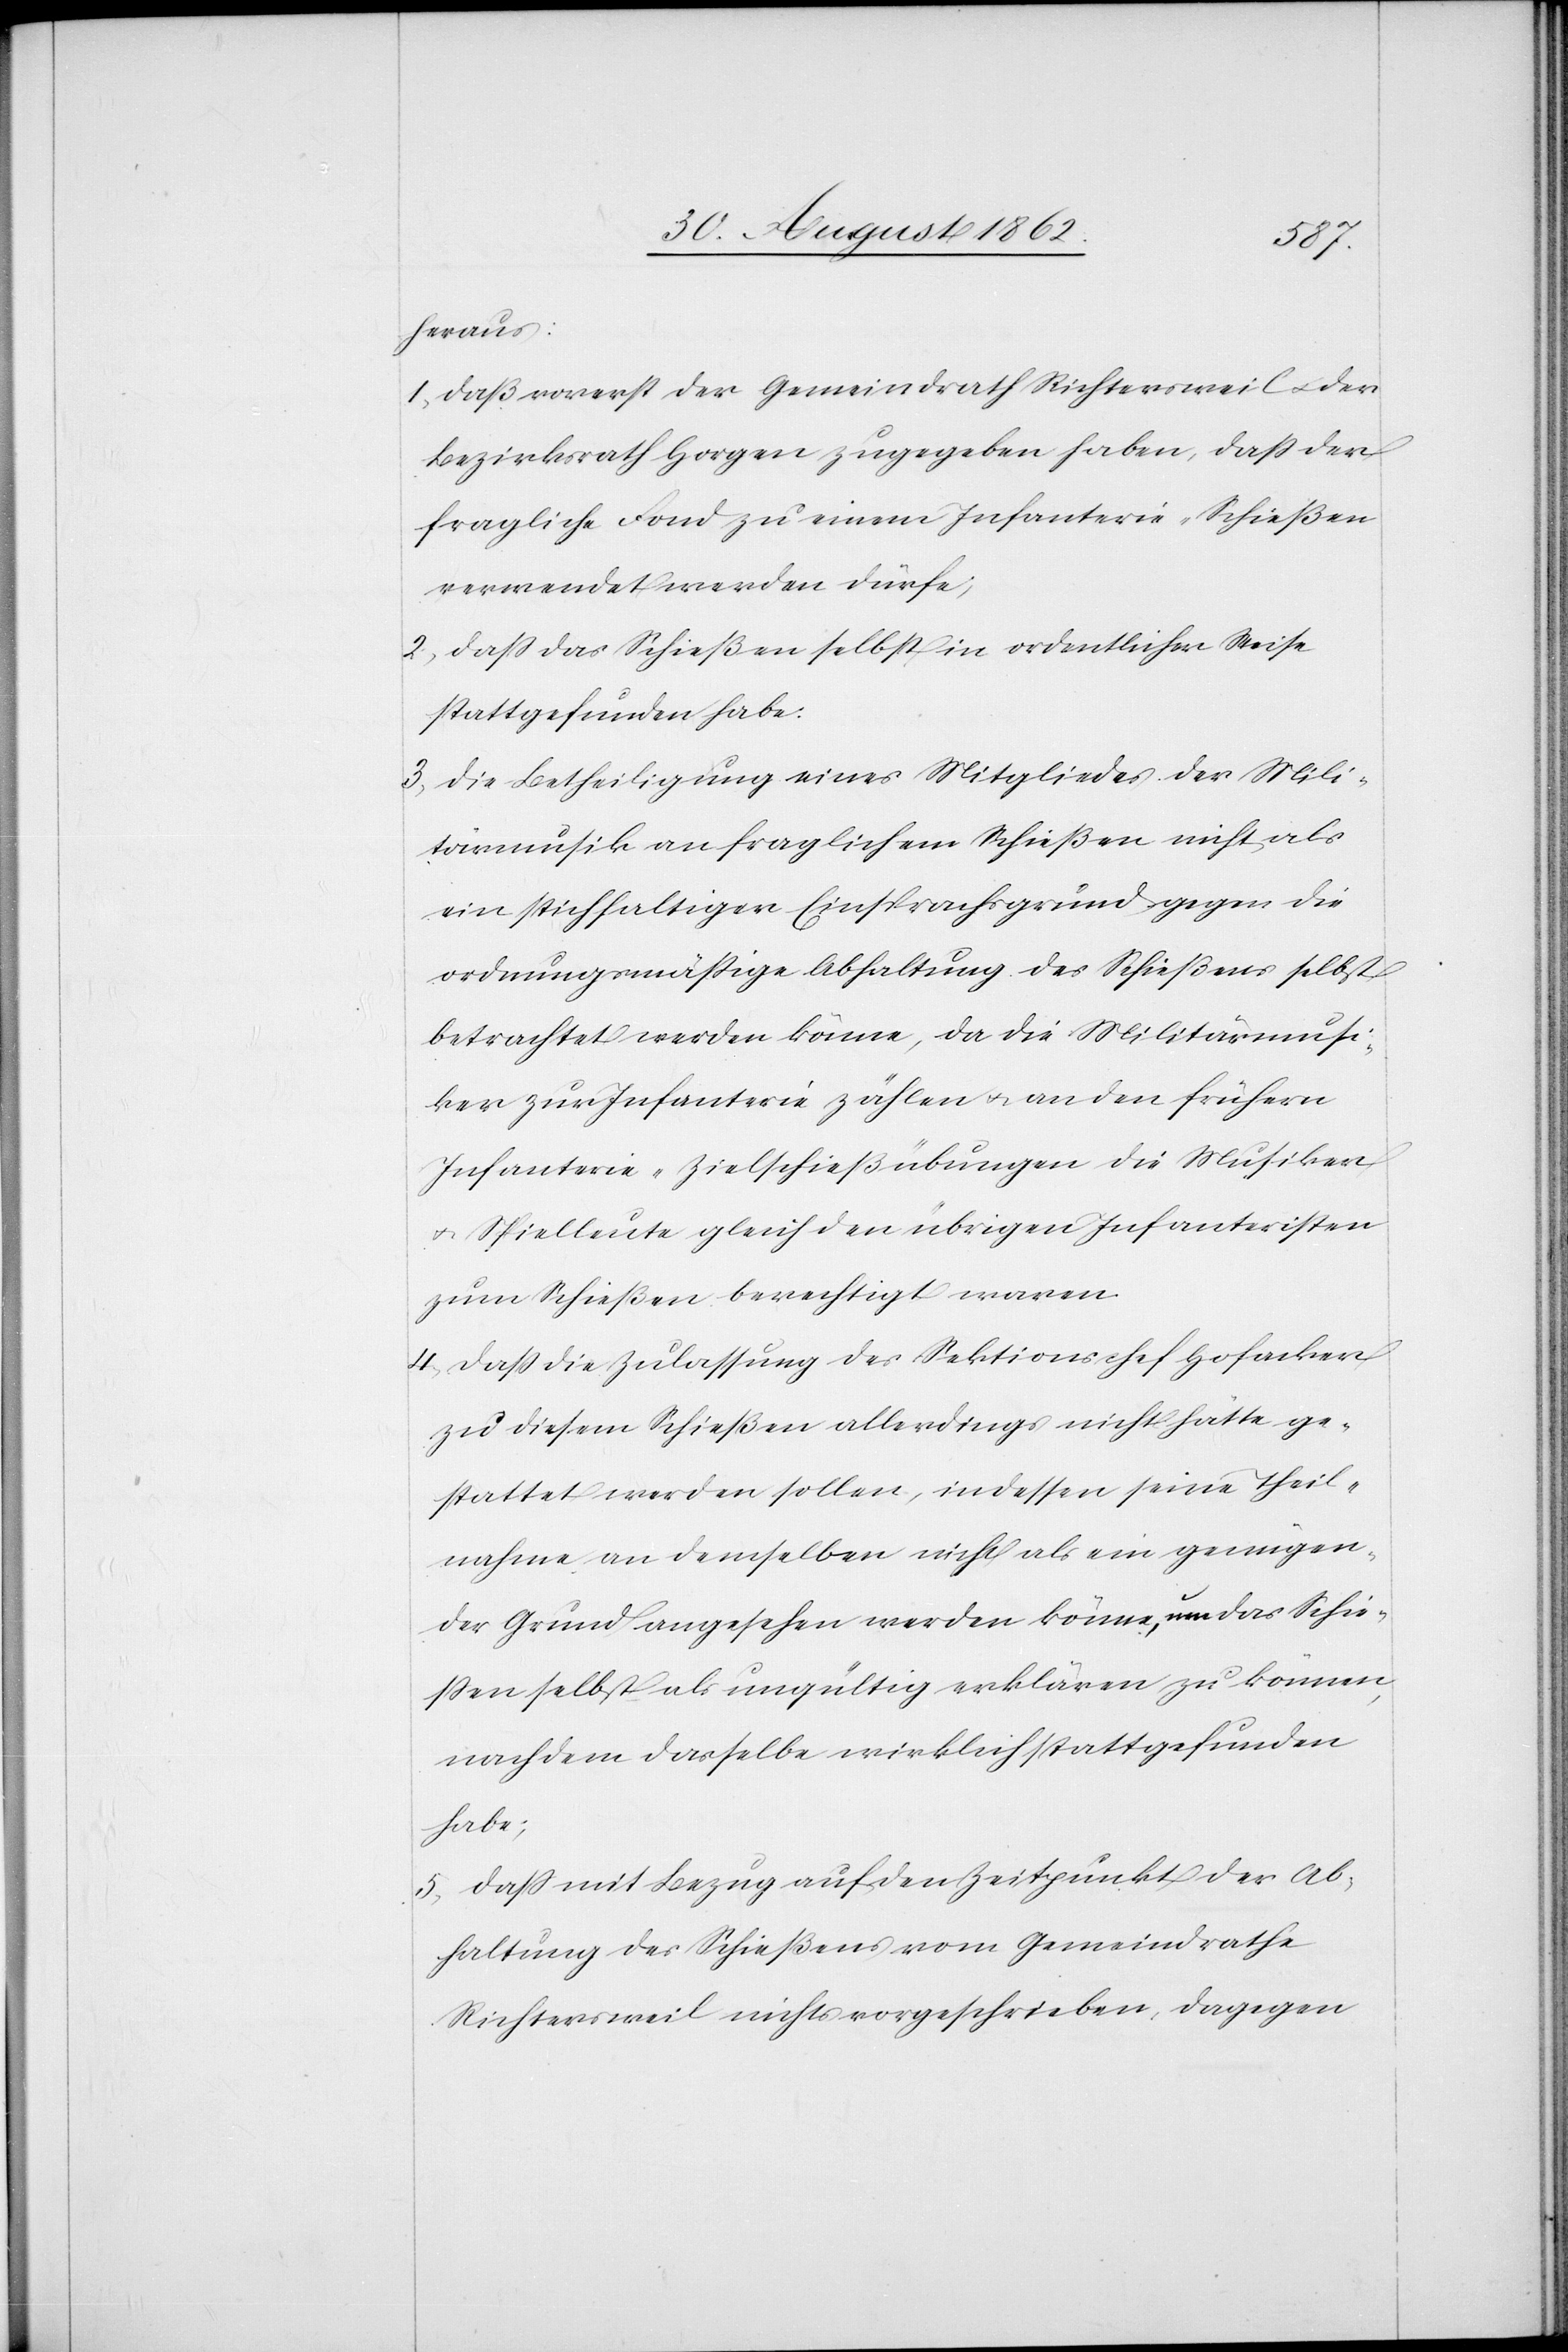
heraus;
1. daß vorerst der Gemeindrath Richtersweil u. der
Bezirksrath Horgen zugegeben haben, daß der
fragliche Fond zu einem Infanterie-Schießen
verwendet werden dürfe;
2. daß das Schießen selbst in ordentlicher Weise
stattgefunden habe.
3. die Betheiligung eines Mitgliedes der Mili¬
tärmusik an fraglichem Schießen nicht als
ein stichhaltiger Einsprachsgrund gegen die
ordnungsmäßige Abhaltung des Schießens selbst
betrachtet werden könne, da die Militärmusi¬
ker zur Infanterie zählen u. an den frühern
Infanterie-Zielschießübungen die Musiker
u. Spielleute gleich den übrigen Infanteristen
zum Schießen berechtigt waren.
4. daß die Zulassung des Sektionschef Hofacker
zu diesem Schießen allerdings nicht hätte ge¬
stattet werden sollen, indessen seine Theil¬
nahme an demselben nicht als ein genügen¬
der Grund angesehen werden könne, des Schie¬
ßen selbst als ungültig erklären zu können,
nachdem dasselbe wirklich stattgefunden
habe;
5. daß mit Bezug auf den Zeitpunkt der Ab¬
haltung des Schießens vom Gemeindrathe
Richtersweil nichts vorgeschrieben, dagegen